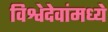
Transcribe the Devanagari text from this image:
विश्वेदेवांमध्ये